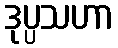
ဒုပ္ပသဟာ